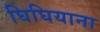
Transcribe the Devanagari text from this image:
घिघियाना